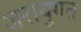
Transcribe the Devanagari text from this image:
जरायुगत